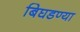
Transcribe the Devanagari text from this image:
बिघडण्या